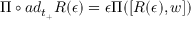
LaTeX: \Pi \circ a d _ { t _ { + } } R ( \epsilon ) = \epsilon \Pi ( [ R ( \epsilon ) , w ] )